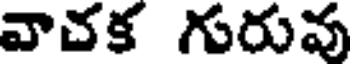
వాచక గురువు